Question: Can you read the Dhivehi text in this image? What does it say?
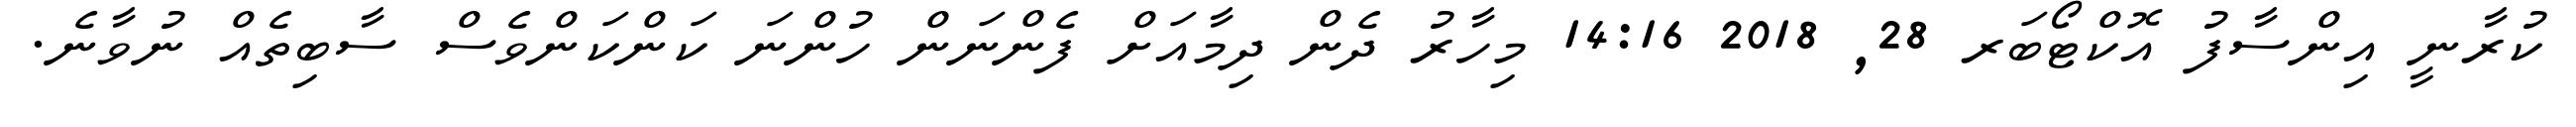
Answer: ކުރާނީ އިންސާފު އޮކްޓޯބަރ 28, 2018 14:16 މިހާރު ދެން ދިމާއަށް ފެންނަން ހުންނަ ކަންކަންވެސް ސާބިތެއް ނުވާނެ.